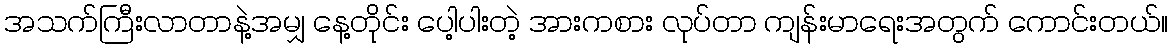
အသက်ကြီးလာတာနဲ့အမျှ နေ့တိုင်း ပေါ့ပါးတဲ့ အားကစား လုပ်တာ ကျန်းမာရေးအတွက် ကောင်းတယ်။